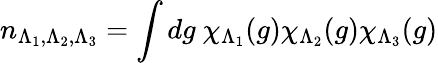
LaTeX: n_{\Lambda_{1},\Lambda_{2},\Lambda_{3}}=\int dg\ \chi_{\Lambda_{1}}(g)\chi_{\Lambda_{2}}(g)\chi_{\Lambda_{3}}(g)